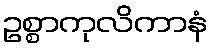
ဥစ္စာကုလိကာနံ